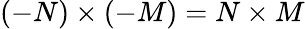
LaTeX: (-N)\times(-M)=N\times M